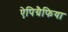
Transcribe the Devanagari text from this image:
ऐपिग्रैफिया